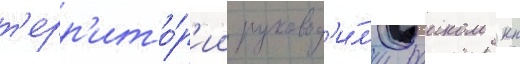
т'ерр'ито́р'ии руковод'и́л'и раиком кп